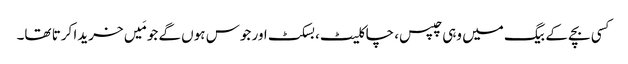
کسی بچے کے بیگ میں وہی چپس، چاکلیٹ، بسکٹ اور جوس ہوں گے جو مَیں خریدا کرتا تھا۔